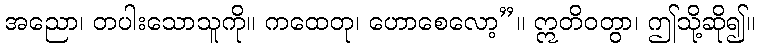
အညော၊ တပါးသောသူကို။ ကထေတု၊ ဟောစေလော့”။ ဣတိဝတွာ၊ ဤသို့ဆို၍။